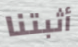
أثبتنا